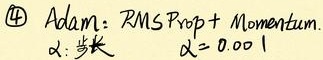
\textcircled{4} Adam: RMSProp + Momentum
$\alpha$: 步长, $\alpha = 0.001$